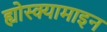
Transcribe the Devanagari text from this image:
ह्योस्क्यामाइन